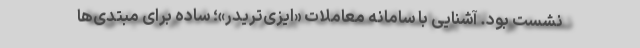
نشست بود. آشنایی با سامانه معاملات «ایزی‌تریدر»؛ ساده برای مبتدی‌ها